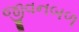
જીવનબળ